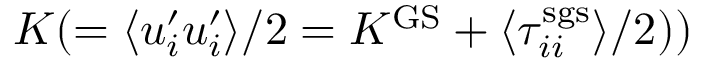
K ( = \langle u _ { i } ^ { \prime } u _ { i } ^ { \prime } \rangle / 2 = K ^ { \mathrm { G S } } + \langle \tau _ { i i } ^ { \mathrm { s g s } } \rangle / 2 ) )